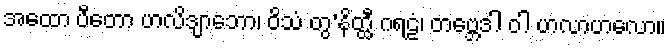
အထော ပီတော ဟလိဒျာဘော၊ ဝိသံ တွ’နိတ္ထီ ဂရဠံ၊ တဗ္ဘေဒါ ဝါ ဟလာဟလော။